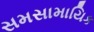
સમસામાયિક